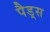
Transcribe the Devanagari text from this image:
पैड़्स